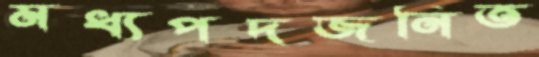
মধ্যপদজনিত